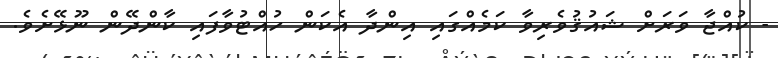
- ކުއްޖާ ވަރަށް ޝައުޤުވެރިވާ ކަމެއްގައި އިންދާ އެކަން ހުއްޓުވާފައި ކާންދޭން ނޫޅޭށެވެ.